Annual report of the Bengal Veterinary College and of the Civil Veterinary Department, Bengal, for the year 1909-1910 - 1909-1910
Year: 1909
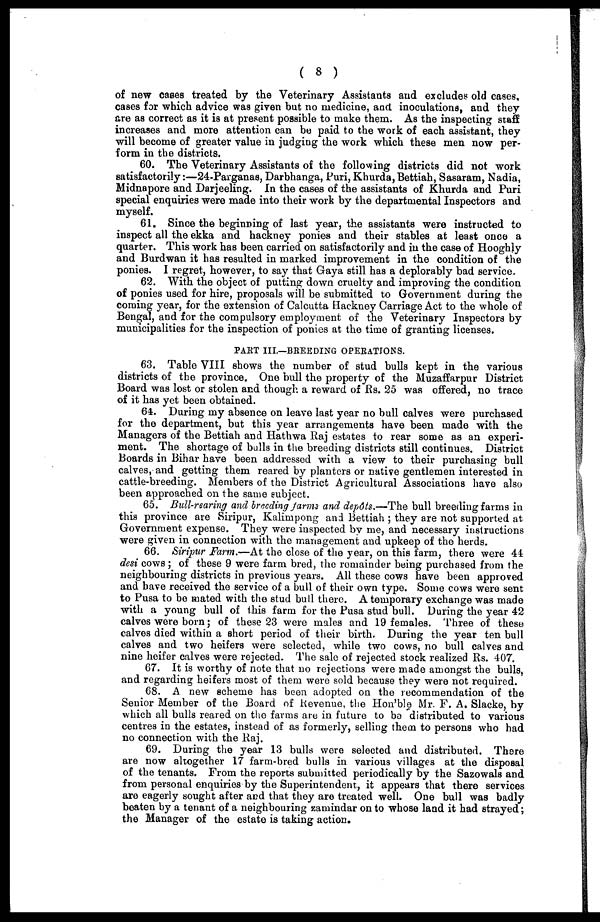
( 8 )
of new cases treated by the Veterinary Assistants and excludes old cases,
cases for which advice was given but no medicine, and inoculations, and they
are as correct as it is at present possible to make them. As the inspecting staff
increases and more attention can be paid to the work of each assistant, they
will become of greater value in judging the work which these men now per-
form in the districts.
60. The Veterinary Assistants of the following districts did not work
satisfactorily:—24-Parganas, Darbhanga, Puri, Khurda, Bettiah, Sasaram, Nadia,
Midnapore and Darjeeling. In the cases of the assistants of Khurda and Puri
special enquiries were made into their work by the departmental Inspectors and
myself.
61. Since the beginning of last year, the assistants were instructed to
inspect all the ekka and hackney ponies and their stables at least once a
quarter. This work has been carried on satisfactorily and in the case of Hooghly
and Burdwan it has resulted in marked improvement in the condition of the
ponies. I regret, however, to say that Gaya still has a deplorably bad service.
62. With the object of putting down cruelty and improving the condition
of ponies used for hire, proposals will be submitted to Government during the
coming year, for the extension of Calcutta Hackney Carriage Act to the whole of
Bengal, and for the compulsory employment of the Veterinary Inspectors by
municipalities for the inspection of ponies at the time of granting licenses.
PART III.—BREEDING OPERATIOSS.
63. Table VIII shows the number of stud bulls kept in the various
districts of the province. One bull the property of the Muzaffarpur District
Board was lost or stolen and though a reward of Rs. 25 was offered, no trace
of it has yet been obtained.
64. During my absence on leave last year no bull calves were purchased
for the department, but this year arrangements have been made with the
Managers of the Bettiah and Hathwa Raj estates to rear some as an experi-
ment. The shortage of bulls in the breeding districts still continues. District
Boards in Bihar have been addressed with a view to their purchasing bull
calves, and getting them reared by planters or native gentlemen interested in
cattle-breeding. Members of the District Agricultural Associations have also
been approached on the same subject.
65. Bull-rearing and breeding farms and depôts.—The bull breeding farms in
this province are Siripur, Kalimpong and Bettiah ; they are not supported at
Government expense. They were inspected by me, and necessary instructions
were given in connection with the management and upkeep of the herds.
66. Siripur Farm.—At the close of the year, on this farm, there were 44
desi cows; of these 9 were farm bred, the remainder being purchased from the
neighbouring districts in previous years. All these cows have been approved
and have received the service of a bull of their own type. Some cows were sent
to Pusa to be mated with the stud bull there. A temporary exchange was made
with a young bull of this farm for the Pusa stud bull. During the year 42
calves were born; of these 23 were males and 19 females. Three of these
calves died within a short period of their birth. During the year ten bull
calves and two heifers were selected, while two cows, no bull calves and
nine heifer calves were rejected. The sale of rejected stock realized Rs. 407.
67. It is worthy of note that no rejections were made amongst the bulls,
and regarding heifers most of them were sold because they were not required.
68. A new scheme has been adopted on the recommendation of the
Senior Member of the Board of Revenue, the Hon'ble Mr. F. A. Slacke, by
which all bulls reared on the farms are in future to bo distributed to various
centres in the estates, instead of as formerly, selling them to persons who had
no connection with the Raj.
69. During the year 13 bulls were selected and distributed. There
are now altogether 17 farm-bred bulls in various villages at the disposal
of the tenants. From the reports submitted periodically by the Sazowals and
from personal enquiries by the Superintendent, it appears that there services
are eagerly sought after and that they are treated well. One bull was badly
beaten by a tenant of a neighbouring zamindar on to whose land it had strayed;
the Manager of the estate is taking action.